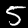
Label: 5